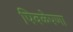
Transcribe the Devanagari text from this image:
पिवळेपणा